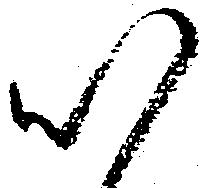
以